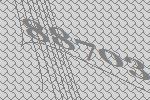
88703